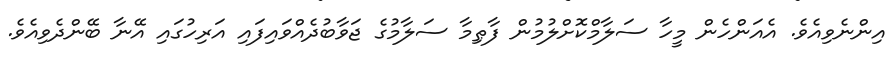
އިންނެވިއެވެ. އެއަންހެން މީހާ ސަލާމްކޮށްލުމުން ފާޠިމާ ސަލާމުގެ ޖަވާބުދެއްވައިފައި އަރިހުގައި އޭނާ ބޭންދެވިއެވެ.